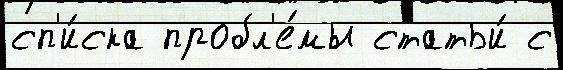
сп'и́ска пробл'е́мы статьи́ с